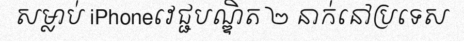
សម្លាប់ iPhoneវេជ្ជបណ្ឌិត ២ នាក់នៅប្រទេស